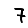
Digit: 7